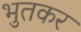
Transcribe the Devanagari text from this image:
भुतकर